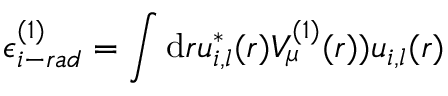
\epsilon _ { i - r a d } ^ { ( 1 ) } = \int \mathrm { d } { r } u _ { i , l } ^ { * } ( r ) V _ { \mu } ^ { ( 1 ) } ( r ) ) u _ { i , l } ( r )